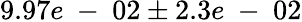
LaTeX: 9.97e\mathrm{~-~}02\pm 2.3e\mathrm{~-~}02